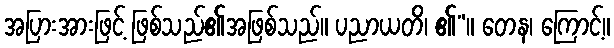
အပြားအားဖြင့် ဖြစ်သည်၏အဖြစ်သည်။ ပညာယတိ၊ ၏”။ တေန၊ ကြောင့်။